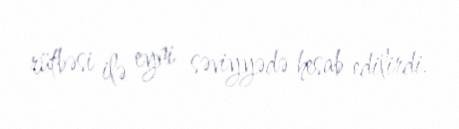
rütbəsi ilə eyni səviyyədə hesab edilirdi.